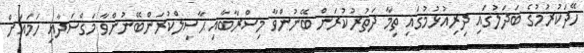
ހޭދަކުރުމުގެ ބަދަލުގައި ދިރިއުޅުމުގައި ތިމާ ދަތުރުކުރަން ބޭނުންވާ މިސްރާބާއި ޙާޞިލްކުރަންބޭނުންވާ މަގްސަދާއި ހަމައަށް